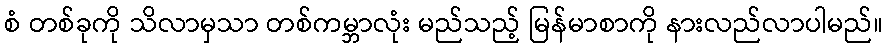
စံ တစ်ခုကို သိလာမှသာ တစ်ကမ္ဘာလုံး မည်သည့် မြန်မာစာကို နားလည်လာပါမည်။